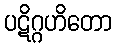
ပဋိဂ္ဂဟိတော